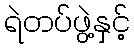
ရဲတပ်ဖွဲ့နှင့်